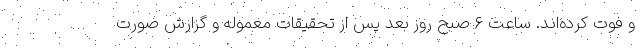
و فوت کرده‌اند. ساعت ۶ صبح روز بعد پس از تحقیقات معموله و گزارش صورت